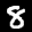
Label: 8